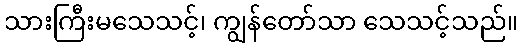
သားကြီးမသေသင့်၊ ကျွန်တော်သာ သေသင့်သည်။